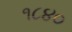
૧૮૪૦